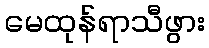
မေထုန်ရာသီဖွား